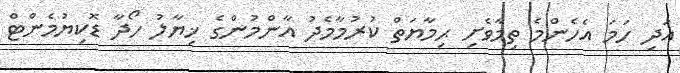
އަދި ހަމަ އެހެންމެ ތިމާވެށި ޙިމާޔަތް ކުރުމާމެދު އާންމުންގެ ޚިޔާލު ހޯދާ ޑޮކިޔުމެންޓް